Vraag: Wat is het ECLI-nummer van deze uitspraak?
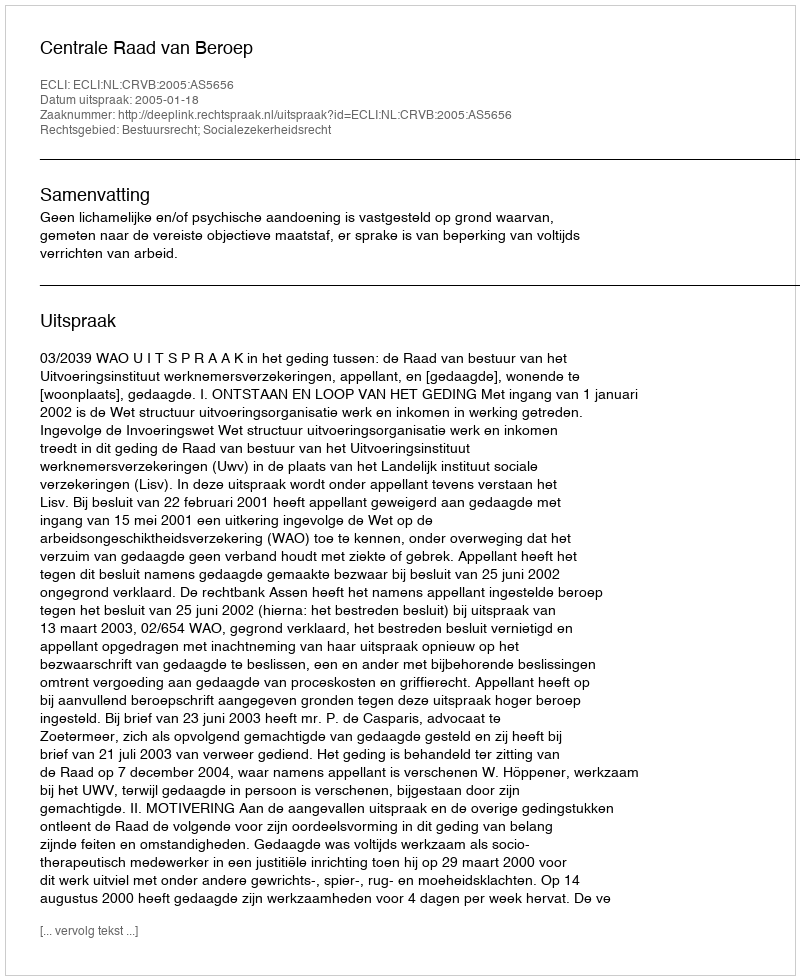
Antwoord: ECLI:NL:CRVB:2005:AS5656